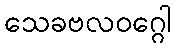
သေခဗလဝဂ္ဂေါ